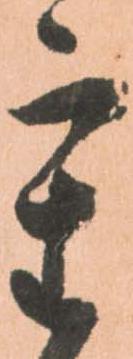
重